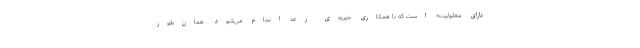
دارای معلولیت» است که با همکاری خیریه‌ی رعد انجام می‌شود. همان‌طور